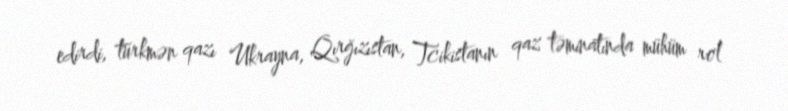
edirdi, türkmən qazı Ukrayna, Qırğızıstan, Tcikistanın qaz təminatında mühüm rol